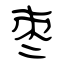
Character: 枣